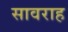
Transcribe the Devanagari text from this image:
सावराह